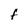
Character: f